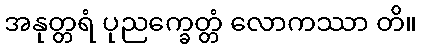
အနုတ္တရံ ပုညက္ခေတ္တံ လောကဿာ တိ။